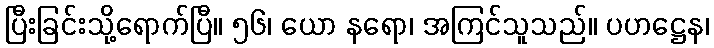
ပြီးခြင်းသို့ရောက်ပြီ။ ၅၆၊ ယော နရော၊ အကြင်သူသည်။ ပဟဋ္ဌေန၊